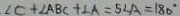
\angle C + \angle A B C + \angle A = 5 \angle A = 1 8 0 ^ { \circ }